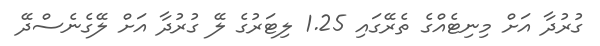
ގުރުދާ އަށް މިނިޓެއްގެ ތެރޭގައި 1.25 ލިޓަރުގެ ލޭ ގުރުދާ އަށް ލޭގެނެސްދޭ